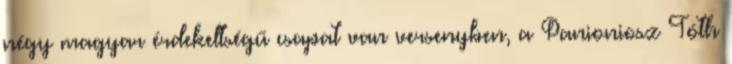
négy magyar érdekeltségű csapat van versenyben, a Panioniosz Tóth